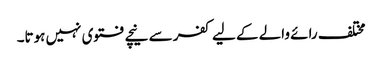
مختلف رائے والے کے لیے کفر سے نیچے فتوی نہیں ہوتا۔